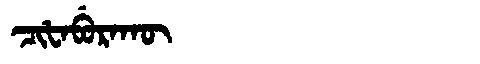
Manchu: ᠴᡳᡶᠠᠪᡠᡵᠠᡴᡡ
Romanization: CIFABURAKŪ